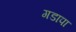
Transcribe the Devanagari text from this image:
गडापा